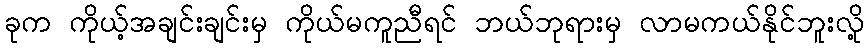
ခုက ကိုယ့်အချင်းချင်းမှ ကိုယ်မကူညီရင် ဘယ်ဘုရားမှ လာမကယ်နိုင်ဘူးလို့